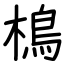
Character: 樢